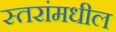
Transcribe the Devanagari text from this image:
स्तरांमधील